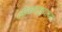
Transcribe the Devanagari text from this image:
लोकवाङ्मयाच्या